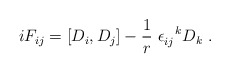
\begin{align*}iF_{ij}= [D_i,D_j]-\frac{1}{r} ~\epsilon_{ij}^{~~k}D_k~.\end{align*}